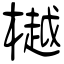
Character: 樾